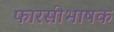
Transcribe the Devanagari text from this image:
फारसीभाषक